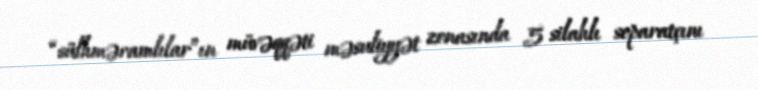
“sülhməramlılar”ın müvəqqəti məsuliyyət zonasında 5 silahlı separatçını